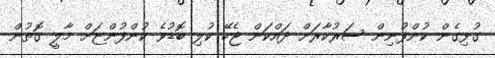
ގުޅިގެން ކުންފުނިން ސަރުކާރަށް ދައްކަން ޖެހޭ ކުލި ބޮޑުވެ ކުންފުންޏަށް މާލީ ގޮތުން